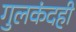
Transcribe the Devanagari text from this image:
गुलकंदही